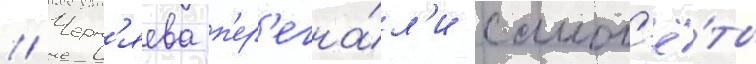
// Черн'яева п'ер'егна́л'и самол'ё́ты